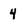
Character: 4